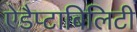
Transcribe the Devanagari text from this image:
ऐडैप्टाबिलिटी